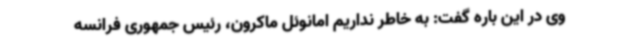
وی در این باره گفت: به خاطر نداریم امانوئل ماکرون، رئیس جمهوری فرانسه